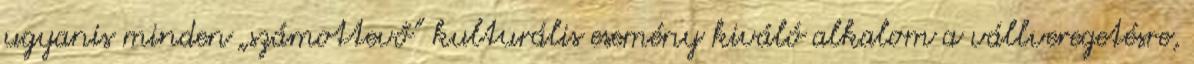
ugyanis min­­den „szá­mottevő” kul­turális ese­mény kiváló alkalom a vállveregetésre,